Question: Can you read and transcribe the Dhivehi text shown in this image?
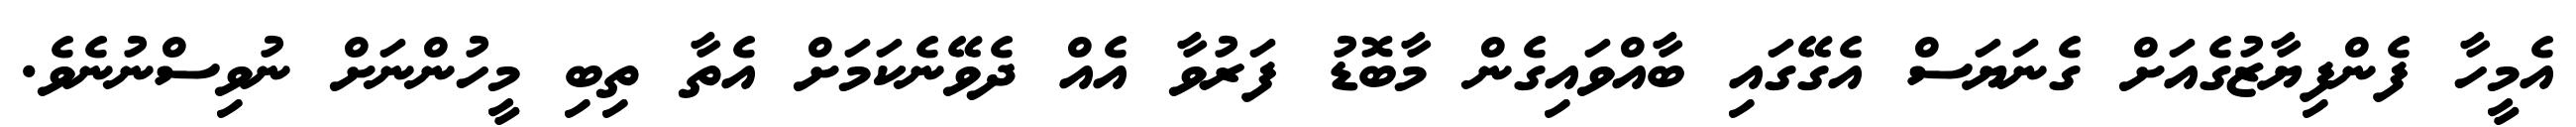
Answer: އެމީހާ ފެންފިޔާޒުގެއަށް ގެނަޔަސް އެގޭގައި ބާއްވައިގެން މާބޮޑު ފަރުވާ އެއް ދެވޭނެކަމަށް އެތާ ތިބި މީހުންނަށް ނުވިސްނުނެވެ.